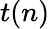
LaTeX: t(n)